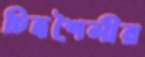
চিত্রশৈলীর